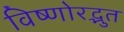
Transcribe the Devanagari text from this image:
विष्णोरद्भुत